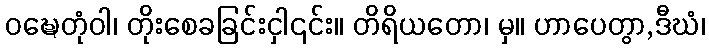
ဝဍ္ဎေတုံဝါ၊ တိုးစေခခြင်းငှါ၎င်း။ တိရိယတော၊ မှ။ ဟာပေတွာ,ဒီဃံ၊